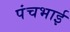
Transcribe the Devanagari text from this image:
पंचभाई